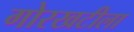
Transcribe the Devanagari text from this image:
गोरखटीला